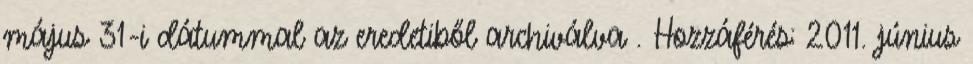
május 31-i dátummal az eredetiből archiválva . Hozzáférés: 2011. június